Annual report of the Punjab Veterinary College and of the Civil Veterinary Department, Punjab - 1894-1908
Year: 1894
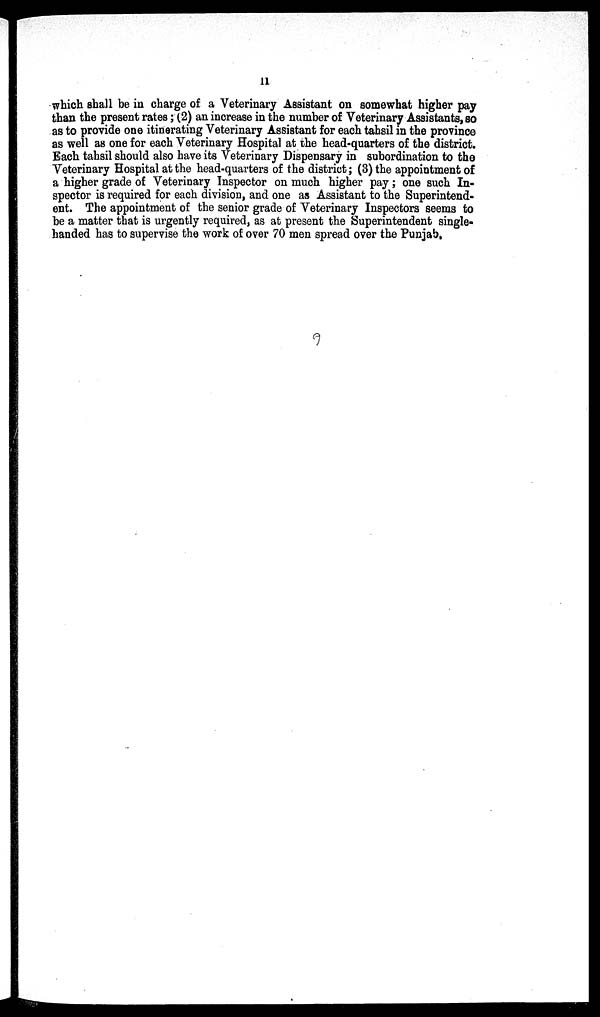
11
which shall be in charge of a Veterinary Assistant on somewhat higher pay
than the present rates; (2) an increase in the number of Veterinary Assistants, so
as to provide one itinerating Veterinary Assistant for each tahsil in the province
as well as one for each Veterinary Hospital at the head-quarters of the district.
Each tahsil should also have its Veterinary Dispensary in subordination to the
Veterinary Hospital at the head-quarters of the district; (3) the appointment of
a higher grade of Veterinary Inspector on much higher pay; one such In-
spector is required for each division, and one as Assistant to the Superintend-
ent. The appointment of the senior grade of Veterinary Inspectors seems to
be a matter that is urgently required, as at present the Superintendent single-
handed has to supervise the work of over 70 men spread over the Punjab.